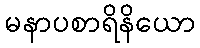
မနာပစာရိနိယော